Annual administration report of the Civil Veterinary Department of India - 1895-1896
Year: 1895
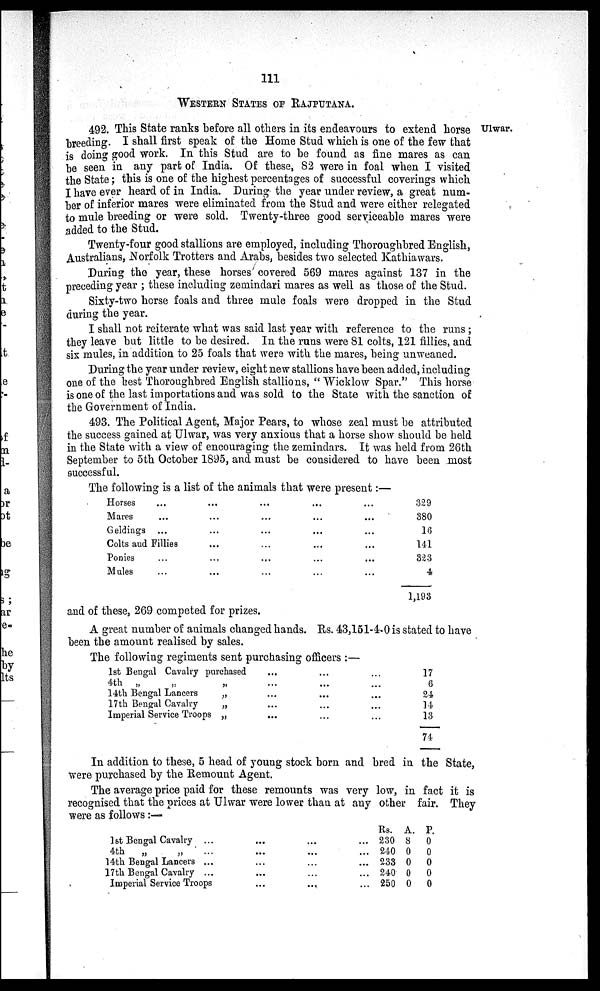
111
WESTERN STATES OF RAJPUTANA.
Ulwar.
492. This State ranks before all others in its endeavours to extend horse
breeding. I shall first speak of the Home Stud which is one of the few that
is doing good work. In this Stud are to be found as fine mares as can
be seen in any part of India. Of these, 82 were in foal when I visited
the State; this is one of the highest percentages of successful coverings which
I have ever heard of in India. During the year under review, a great num-
ber of inferior mares were eliminated from the Stud and were either relegated
to mule breeding or were sold. Twenty-three good serviceable mares were
added to the Stud.
Twenty-four good stallions are employed, including Thoroughbred English,
Australians, Norfolk Trotters and Arabs, besides two selected Kathiawars.
During the year, these horses covered 569 mares against 137 in the
preceding year; these including zemindari mares as well as those of the Stud.
Sixty-two horse foals and three mule foals were dropped in the Stud
during the year.
I shall not reiterate what was said last year with reference to the runs;
they leave but little to be desired. In the runs were 81 colts, 121 fillies, and
six mules, in addition to 25 foals that were with the mares, being unweaned.
During the year under review, eight new stallions have been added, including
one of the best Thoroughbred English stallions,"Wicklow Spar." This horse
is one of the last importations and was sold to the State with the sanction of
the Government of India.
493. The Political Agent, Major Pears, to whose zeal must be attributed
the success gained at Ulwar, was very anxious that a horse show should be held
in the State with a view of encouraging the zemindars. It was held from 26th
September to 5th October 1895, and must be considered to have been most
successful.
The following is a list of the animals that were present:—
Horses ...
Mares ...
Geldings ...
Colts and Fillies
Ponies ...
Mules ...
...
...
...
...
...
...
...
...
...
...
...
...
...
...
...
...
...
...
...
...
...
...
...
...
329
380
16
111
323
4
1,198
and of these, 269 competed for prizes.
A great number of animals changed hands. Rs. 43,151-4-0 is stated to have
been the amount realised by sales.
The following regiments sent purchasing officers :—
1st Bengal Cavalry purchased
4th „
„
„
14th Bengal Lancers
„
17th Bengal Cavalry
„
Imperial Service Troops „
...
...
...
...
...
...
...
...
...
...
...
...
...
...
17
6
24
14
13
74
In addition to these, 5 head of young stock born and bred in the State,
were purchased by the Remount Agent.
The average price paid for these remounts was very low, in fact it is
recognised that the prices at Ulwar were lower than at any other fair. They
were as follows:—
1st Bengal Cavalry ...
4th „
„ ...
14th Bengal Lancers ...
17th Bengal Cavalry ...
Imperial Service Troops
...
...
...
...
...
...
...
...
...
...
...
...
...
...
...
Rs.
230
240
233
240
250
A.
8
0
0
0
0
P.
0
0
0
0
0